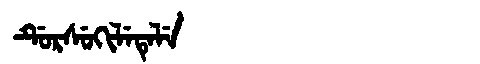
Manchu: ᡩᡠᡵᠰᡠᡴᡳᠯᡝᡨᡝᠯᡝ
Romanization: DURSUKILETELE